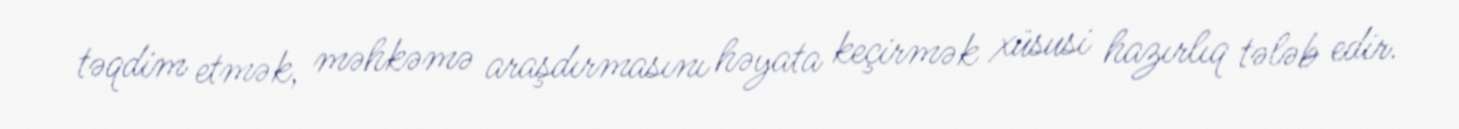
təqdim etmək, məhkəmə araşdırmasını həyata keçirmək xüsusi hazırlıq tələb edir.